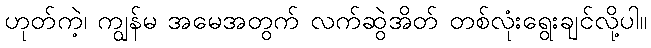
ဟုတ်ကဲ့၊ ကျွန်မ အမေအတွက် လက်ဆွဲအိတ် တစ်လုံးရွေးချင်လို့ပါ။